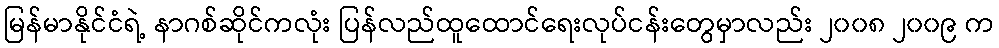
မြန်မာနိုင်ငံရဲ့ နာဂစ်ဆိုင်ကလုံး ပြန်လည်ထူထောင်ရေးလုပ်ငန်းတွေမှာလည်း ၂၀၀၈ ၂၀၀၉ က